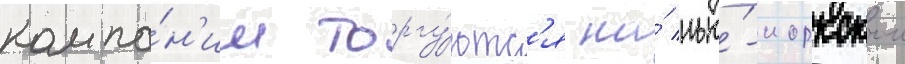
компа́н'ии торгу́ютс'я на́ нью́-иоркскои